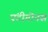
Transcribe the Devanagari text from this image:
एंटीगोनस